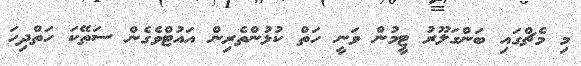
މި މެޗްގައި ބަންގަލޫރު ޓީމުން ވަނީ ހަތް ކުޅުންތެރިން އައުޓްވެގެން ސަތޭކަ ހަތްދިހަ